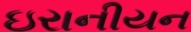
ઇરાનીયન